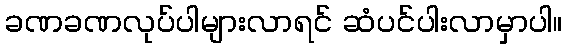
ခဏခဏလုပ်ပါများလာရင် ဆံပင်ပါးလာမှာပါ။